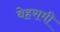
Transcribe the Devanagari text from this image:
बेहरामी